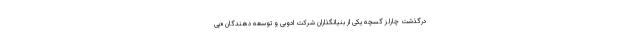
درگذشت چارلز گسچه یکی از بنیانگذاران شرکت ادوبی و توسعه دهندگان «پی